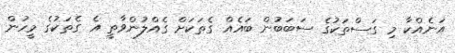
އަނެއްކާ މި ގަސްތަކުގެ ސަބަބުން ބައެއް ގެތަކަށް ގެއްލުންވާތީ އެ ގެތަކުގެ މީހުން